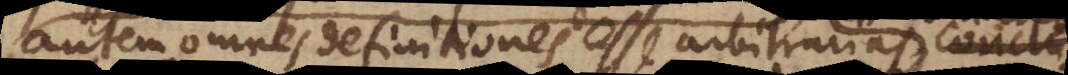
autem omnes definitiones esse arbitrarias